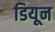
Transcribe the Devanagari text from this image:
डियून